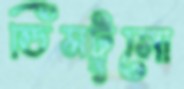
ডিমটুসো